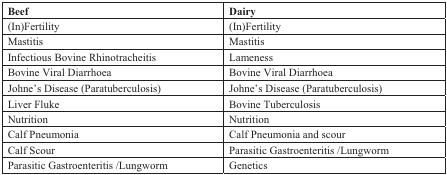
| Beef | Dairy |
 | --- | --- |
 | (In)Fertility | (In)Fertility |
 | Mastitis | Mastitis |
 | Infectious Bovine Rhinotracheitis | Lameness |
 | Bovine Viral Diarrhoea | Bovine Viral Diarrhoea |
 | Johne’s Disease (Paratuberculosis) | Johne’s Disease (Paratuberculosis) |
 | Liver Fluke | Bovine Tuberculosis |
 | Nutrition | Nutrition |
 | Calf Pneumonia | Calf Pneumonia and scour |
 | Calf Scour | Parasitic Gastroenteritis /Lungworm |
 | Parasitic Gastroenteritis /Lungworm | Genetics |